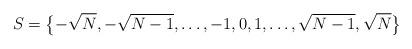
LaTeX: \begin{gather*}S=\big\{ {-}\sqrt{N}, -\sqrt{N-1}, \ldots, -1,0,1,\ldots, \sqrt{N-1},\sqrt{N}\big\}\end{gather*}